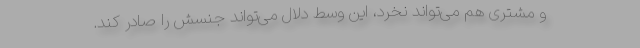
و مشتری هم می‌تواند نخرد، این وسط دلال می‌تواند جنسش را صادر کند.